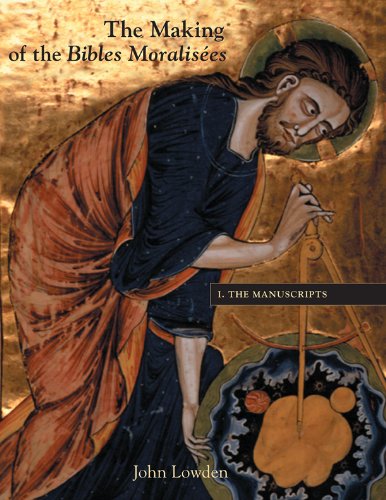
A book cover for The Manuscripts (Making of the Bible Moralisees) (Vol I); John Lowden; Arts & Photography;